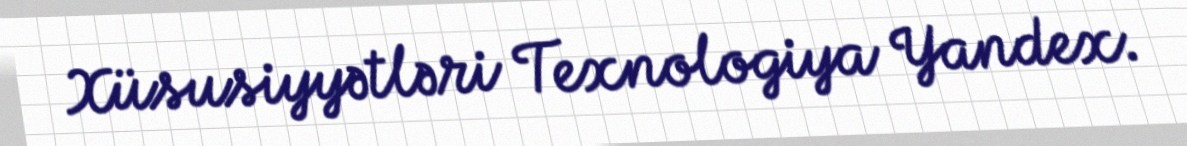
Xüsusiyyətləri Texnologiya Yandex.